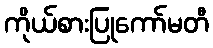
ကိုယ်စားပြုကော်မတီ